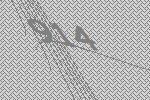
914